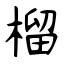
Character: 榴